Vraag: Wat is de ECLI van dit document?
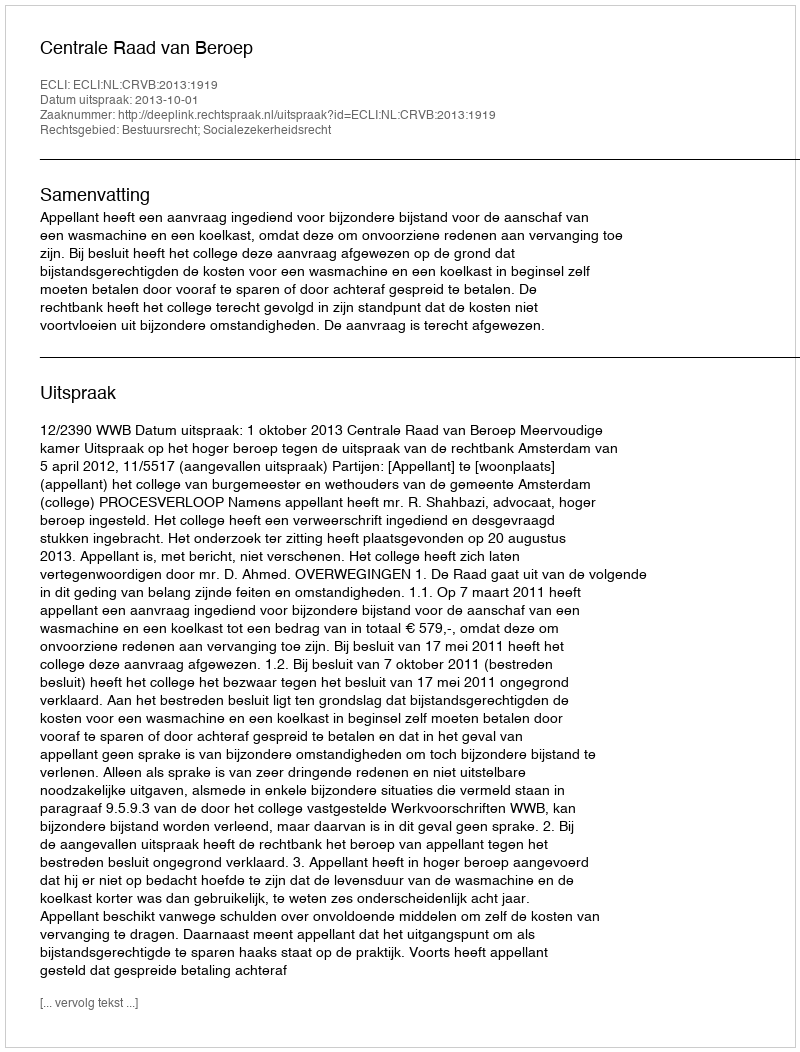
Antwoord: ECLI:NL:CRVB:2013:1919